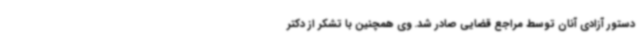
دستور آزادی آنان توسط مراجع قضایی صادر شد. وی همچنین با تشکر از دکتر